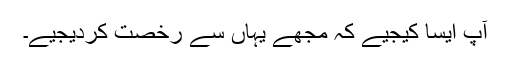
آپ ایسا کیجیے کہ مجھے یہاں سے رخصت کردیجیے۔